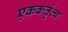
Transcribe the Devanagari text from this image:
एककर्तृत्व